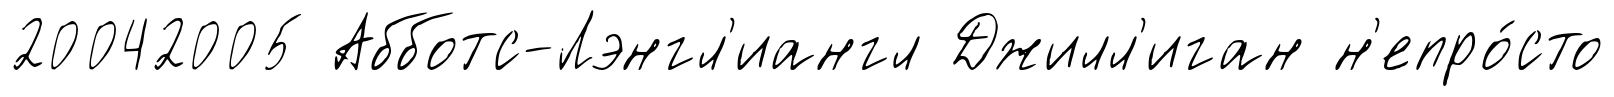
20042005 Абботс-Лэнгл'иангл Джилл'иган н'епро́сто